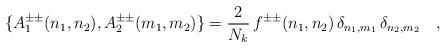
LaTeX: \begin{align*}\{A_1^{\pm\pm}(n_1,n_2),A_2^{\pm\pm}(m_1,m_2)\}=\frac{2}{N_k}\,f^{\pm\pm}(n_1,n_2)\,\delta_{n_1,m_1}\,\delta_{n_2,m_2}\ \ \ ,\end{align*}